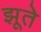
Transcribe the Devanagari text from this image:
झूते